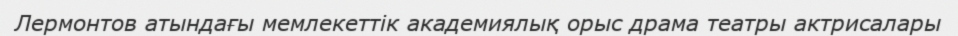
Лермонтов атындағы мемлекеттік академиялық орыс драма театры актрисалары